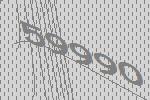
59990